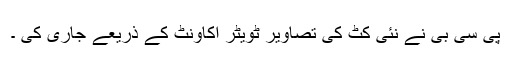
پی سی بی نے نئی کٹ کی تصاویر ٹویٹر اکاؤنٹ کے ذریعے جاری کی ۔